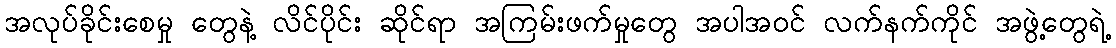
အလုပ်ခိုင်းစေမှု တွေနဲ့ လိင်ပိုင်း ဆိုင်ရာ အကြမ်းဖက်မှုတွေ အပါအဝင် လက်နက်ကိုင် အဖွဲ့တွေရဲ့